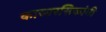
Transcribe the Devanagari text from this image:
काव्यरसिकांनी